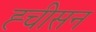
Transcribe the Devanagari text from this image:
ह्चीसन